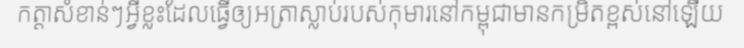
កត្តាសំខាន់ៗអ្វីខ្លះដែលធ្វើឲ្យអត្រាស្លាប់របស់កុមារនៅកម្ពុជាមានកម្រិតខ្ពស់នៅឡើយ